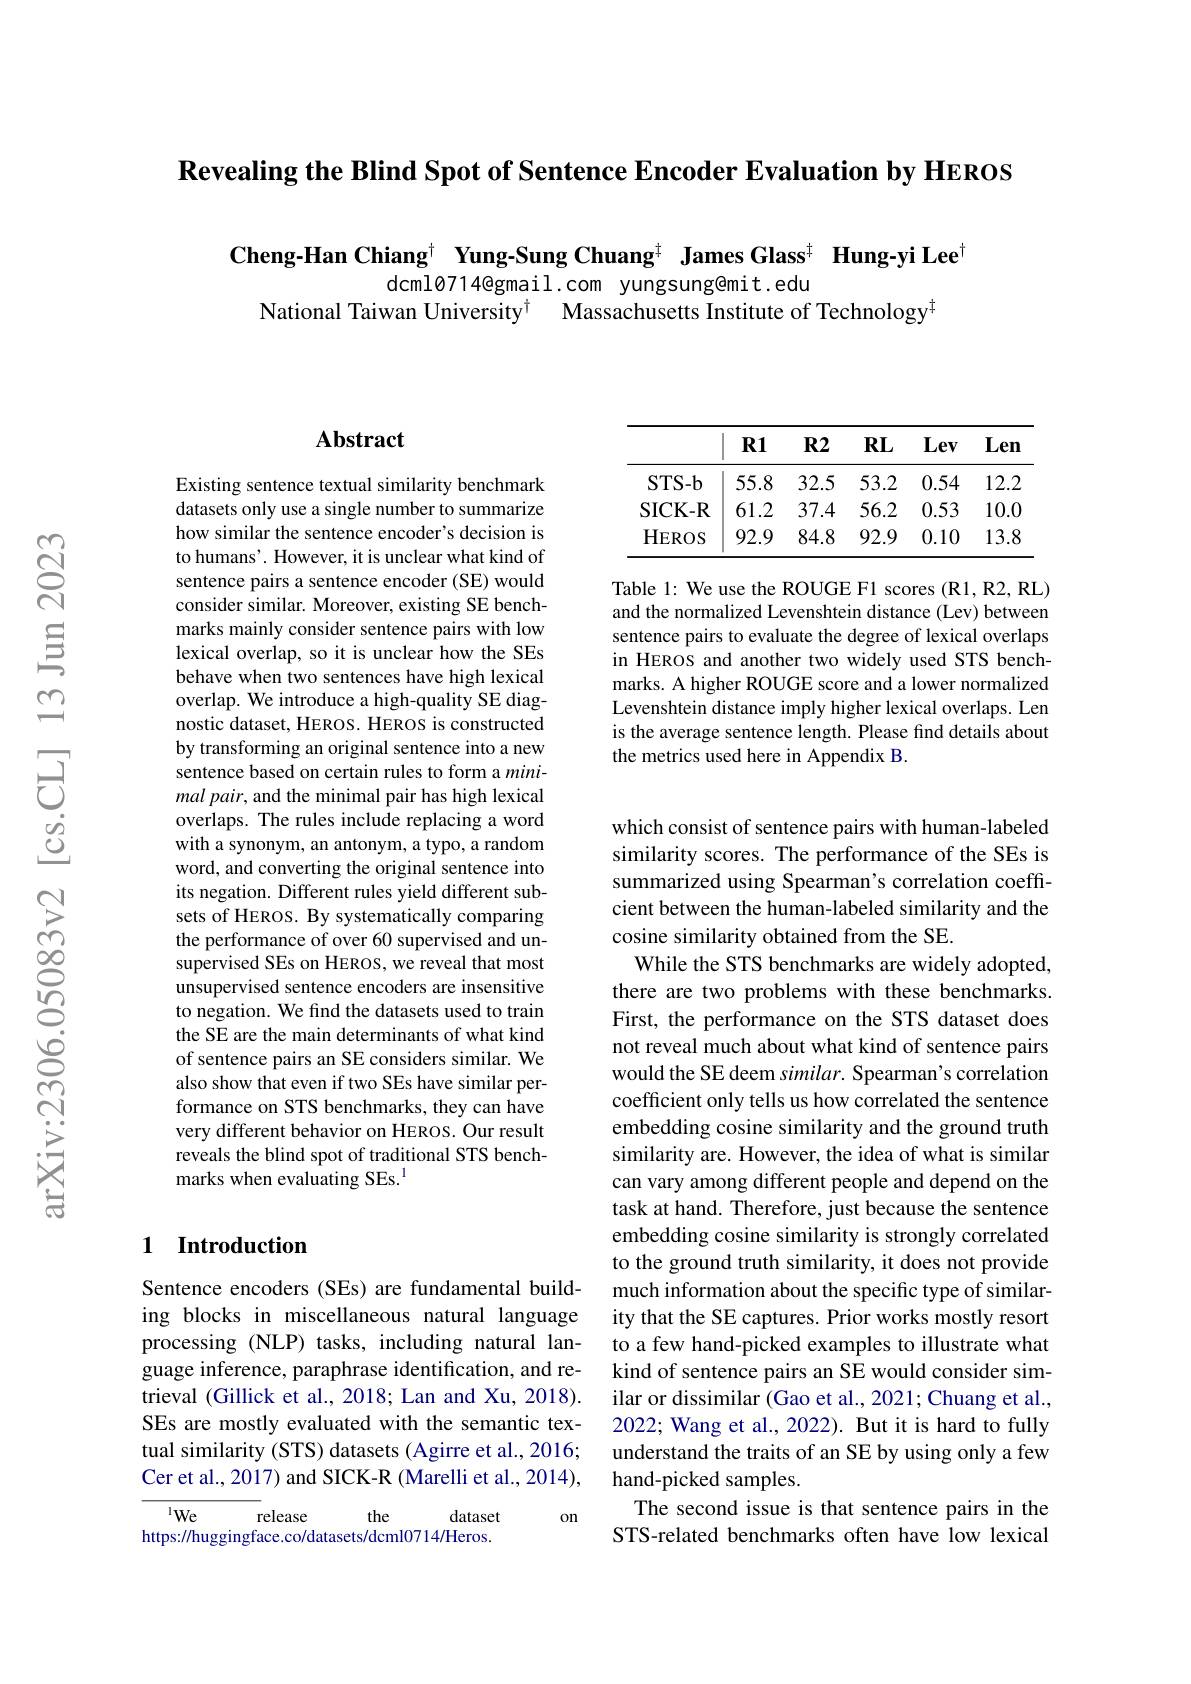
$\textbf{Revealing the Blind Spot of Sentence Encoder Evaluation by HEROS}$

Cheng-Han Chiang$^{\dagger}$ Yung-Sung Chuang$^{\ddagger}$ James Glass$^{\ddagger}$ Hung-yi Lee$^{\dagger}$
dcml0714@gmail.com yungsung@mit.edu
National Taiwan University$^{\dagger}$ Massachusetts Institute of Technology$^{[\mathrm{m}]}$

## Abstract

Existing sentence textual similarity benchmark datasets only use a single number to summarize how similar the sentence encoder's decision is to humans'. However, it is unclear what kind of sentence pairs a sentence encoder (SE) would consider similar. Moreover, existing SE benchmarks mainly consider sentence pairs with low lexical overlap, so it is unclear how the SEs behave when two sentences have high lexical overlap. We introduce a high-quality SE diagnostic dataset, HEROS. HEROS is constructed by transforming an original sentence into a new sentence based on certain rules to form a minimal pair, and the minimal pair has high lexical overlaps. The rules include replacing a word with a synonym, an antonym, a typo, a random word, and converting the original sentence into its negation. Different rules yield different subsets of HEROS. By systematically comparing the performance of over 60 supervised and unsupervised SEs on HEROS, we reveal that most unsupervised sentence encoders are insensitive to negation. We find the datasets used to train the SE are the main determinants of what kind of sentence pairs an SE considers similar. We also show that even if two SEs have similar performance on STS benchmarks, they can have very different behavior on HEROS. Our result reveals the blind spot of traditional STS benchmarks when evaluating SEs.$^{1}$

## 1 Introduction

Sentence encoders (SEs) are fundamental building blocks in miscellaneous natural language processing (NLP) tasks, including natural language inference, paraphrase identification, and retrieval (Gillick et al., 2018; Lan and Xu, 2018). SEs are mostly evaluated with the semantic textual similarity (STS) datasets (Agirre et al., 2016; Cer et al., 2017) and SICK-R (Marelli et al., 2014),

on

$^{1}We$
the
release
dataset
https://huggingface.co/datasets/dcml0714/Heros.

<table>
	<tbody>
		<tr>
			<th> </th>
			<th>$\mathbf{R1}$</th>
			<th>$\mathbf{R2}$</th>
			<th>$RL$</th>
			<th>Lev</th>
			<th>Len</th>
		</tr>
		<tr>
			<td>$STS-b$</td>
			<td>55.8</td>
			<td>32.5</td>
			<td>53.2</td>
			<td>0.54</td>
			<td>12.2</td>
		</tr>
		<tr>
			<td>SICK- R</td>
			<td>61.2</td>
			<td>37.4</td>
			<td>56.2</td>
			<td>0.53</td>
			<td>10.C</td>
		</tr>
		<tr>
			<td>HEROS</td>
			<td>92.9</td>
			<td>84.8</td>
			<td>92.9</td>
			<td>0.10</td>
			<td>13.8</td>
		</tr>
	</tbody>
</table>

Table 1: We use the ROUGE F1 scores (R1,R2,RL) and the normalized Levenshtein distance (Lev) between sentence pairs to evaluate the degree of lexical overlaps in HEROS and another two widely used STS benchmarks. A higher ROUGE score and a lower normalized Levenshtein distance imply higher lexical overlaps. Len is the average sentence length. Please find details about the metrics used here in Appendix B.

which consist of sentence pairs with human-labeled similarity scores. The performance of the SEs is summarized using Spearman's correlation coeffcient between the human-labeled similarity and the cosine similarity obtained from the SE.
While the STS benchmarks are widely adopted, there are two problems with these benchmarks. First, the performance on the STS dataset does not reveal much about what kind of sentence pairs would the SE deem similar. Spearman's correlation coefficient only tells us how correlated the sentence embedding cosine similarity and the ground truth similarity are. However, the idea of what is similar can vary among different people and depend on the task at hand. Therefore, just because the sentence embedding cosine similarity is strongly correlated to the ground truth similarity, it does not provide much information about the specific type of similarity that the SE captures. Prior works mostly resort to a few hand-picked examples to illustrate what kind of sentence pairs an SE would consider similar or dissimilar (Gao et al., 2021; Chuang et al., 2022; Wang et al., 2022). But it is hard to fully understand the traits of an SE by using only a few hand-picked samples.
The second issue is that sentence pairs in the STS-related benchmarks often have low lexical